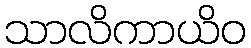
သာလိကာယိဝ